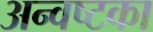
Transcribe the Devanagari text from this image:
अन्वष्टका